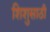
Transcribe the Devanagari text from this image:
शिशुसाठी